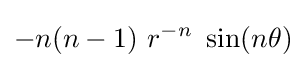
-n(n-1)~r^{-n}~\sin(n\theta )